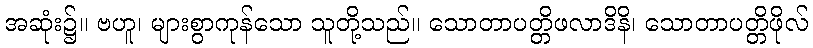
အဆုံး၌။ ဗဟူ၊ များစွာကုန်သော သူတို့သည်။ သောတာပတ္တိဖလာဒိနိ၊ သောတာပတ္တိဖိုလ်